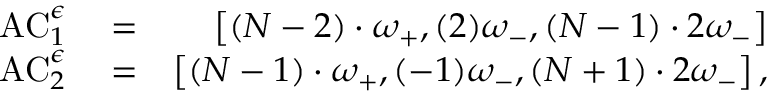
\begin{array} { r l r } { \mathrm { A C } _ { 1 } ^ { \epsilon } } & { { } = } & { \left[ ( N - 2 ) \cdot \omega _ { + } , ( 2 ) \omega _ { - } , ( N - 1 ) \cdot 2 \omega _ { - } \right] } \\ { \mathrm { A C } _ { 2 } ^ { \epsilon } } & { { } = } & { \left[ ( N - 1 ) \cdot \omega _ { + } , ( - 1 ) \omega _ { - } , ( N + 1 ) \cdot 2 \omega _ { - } \right] , } \end{array}